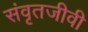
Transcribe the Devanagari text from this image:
संवृतजीवी